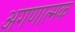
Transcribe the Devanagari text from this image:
अगणात्मक